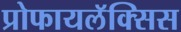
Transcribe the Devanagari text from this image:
प्रोफायलॅक्सिस